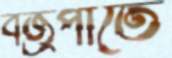
বজ্রপাতে